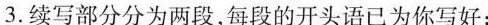
3.续写部分分为两段,每段的开头语已为你写好;